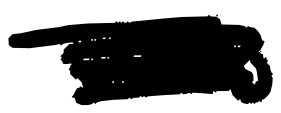
Text: was
Cross-out: scratch
Writing tool: digital_black